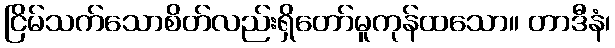
ငြိမ်သက်သောစိတ်လည်းရှိတော်မူကုန်ထသော။ တာဒီနံ၊